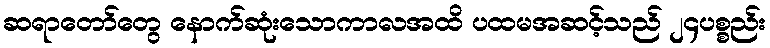
ဆရာတော်တွေ နောက်ဆုံးသောကာလအထိ ပထမအဆင့်သည် ၂၄ပစ္စည်း